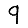
Digit: 9